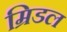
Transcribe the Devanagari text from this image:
म्रिडल